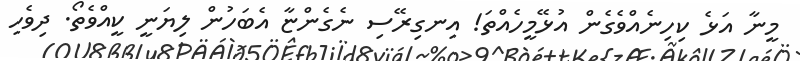
މީނާ އަޅެ ކިހިނެއްވެގެން އުޅޭމީހެއްތަ! އިނގިރޭސި ނެގެންޏާ އެބަހުން ލިޔަނީ ކީއްވެތޯ. ދިވެހި